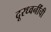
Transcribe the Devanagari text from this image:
दूरध्वनींची